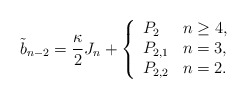
\begin{align*} \tilde{b}_{n-2}=\frac{\kappa}{2}J_n+\left\{ \begin{array}{ll} P_2 & n\geq 4,\\ P_{2,1} & n=3,\\ P_{2,2} & n=2. \end{array}\right.\end{align*}